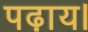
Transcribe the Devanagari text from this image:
पढ़ाय।